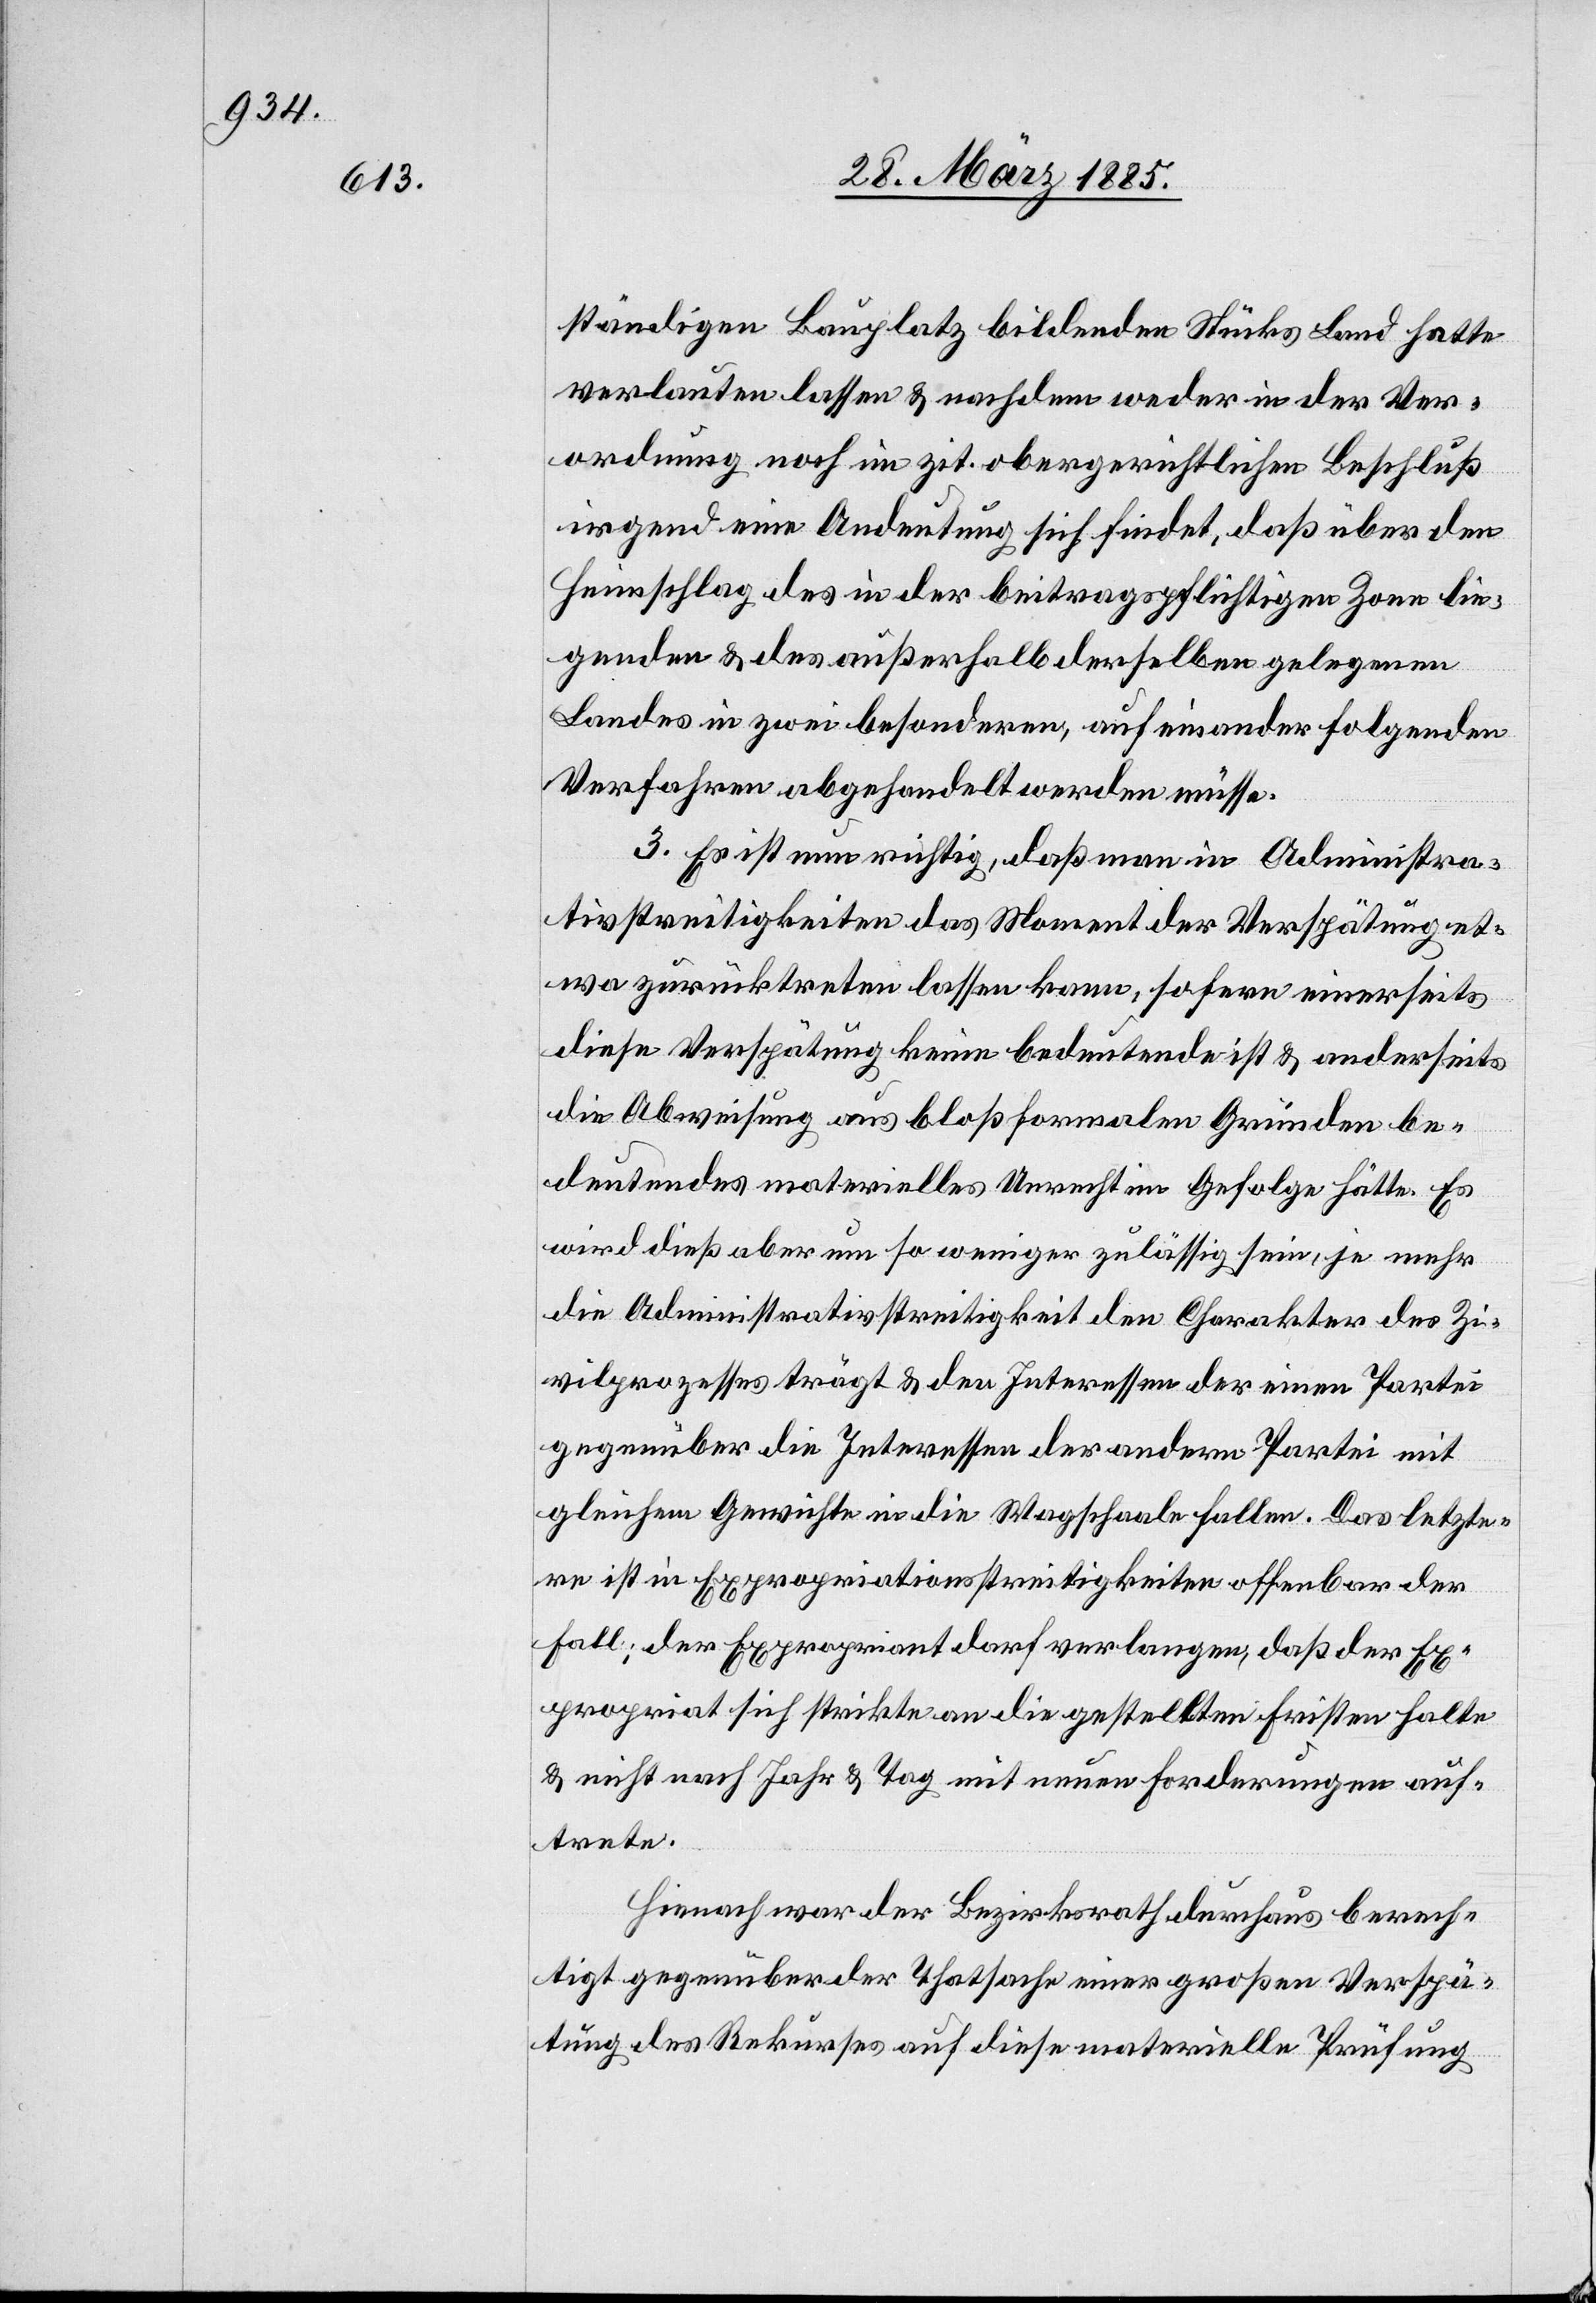
ständigen Bauplatz bildenden Stücks Land hatte
verlauten lassen & nachdem weder in der Ver¬
ordnungen noch im zit. obergerichtlichen Beschluß
irgend eine Andeutung sich findet, daß über den
Heimschlag des in der beitragspflichtigen Zone lie¬
genden & des außerhalb derselben gelegenen
Landes in zwei besonderen, auf einander folgenden
Verfahren abgehandelt werden müsse.
3. Es ist nun richtig, daß man in Administra¬
tivstreitigkeiten das Moment der Verspätung et¬
wa zurücktreten lassen kann, sofern einerseits
diese Verspätung keine bedeutende ist & anderseits
die Abweisung aus bloß formalen Gründen be¬
deutendes materielles Unrecht im Gefolge hätte. Es
wird dieß aber um so weniger zulässig sein, je mehr
die Administrativstreitigkeit den Charakter des Zi¬
vilprozesses trägt & den Interessen der einen Partei
gegenüber die Interessen der andern Partei mit
gleichem Gewichte in die Wa[a]gschaale fallen. Das letzte¬
re ist in Expropriationsstreitigkeiten offenbar der
Fall; der Expropriant darf verlangen, daß der Ex¬
propriat sich strickte an die gestellten Fristen halte
& nicht nach Jahr & Tag mit neuen Forderungen auf¬
trete.
Hienach war der Bezirksrath durchaus berech¬
tigt gegenüber der Thatsache einer großen Verspä¬
tung des Rekurses auf diese materielle Prüfung